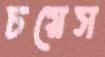
চয়েস